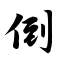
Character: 倒